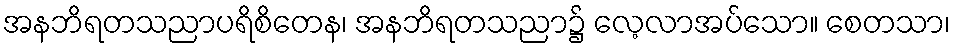
အနဘိရတသညာပရိစိတေန၊ အနဘိရတသညာ၌ လေ့လာအပ်သော။ စေတသာ၊